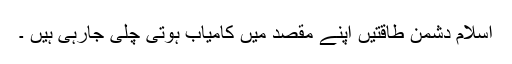
اسلام دشمن طاقتیں اپنے مقصد میں کامیاب ہوتی چلی جارہی ہیں ۔